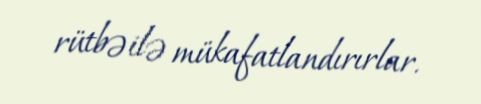
rütbə ilə mükafatlandırırlar.